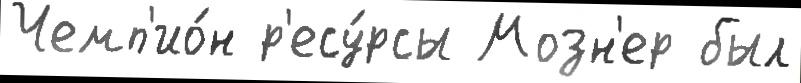
Чемп'ио́н р'есу́рсы Мозн'ер был